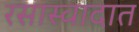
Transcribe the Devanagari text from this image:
रसास्वादात